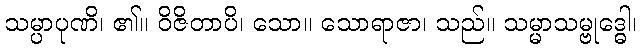
သမ္ပာပုဏိ၊ ၏။ ဝိဇိတာပိ၊ သော။ သောရာဇာ၊ သည်။ သမ္မာသမ္ဗုဒ္ဓေါ၊